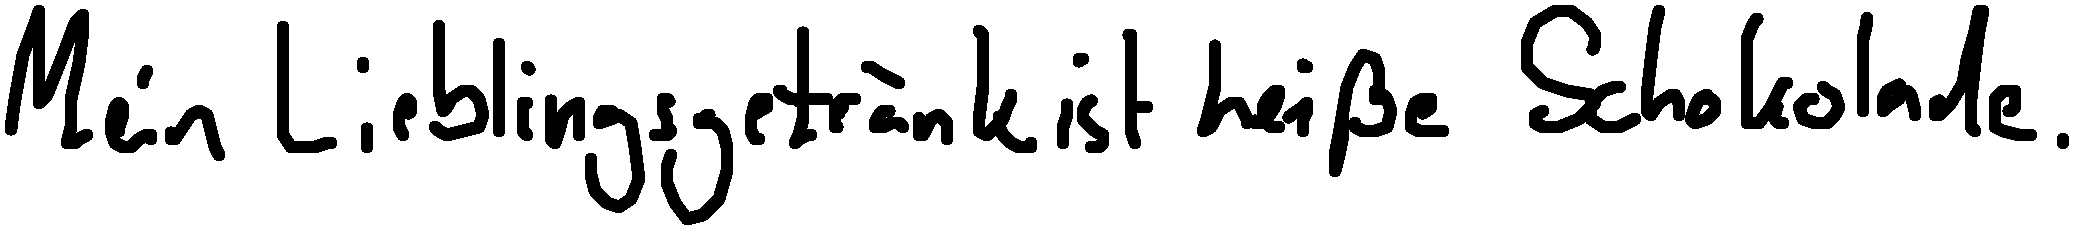
Mein Lieblingsgetränk ist heiße Schokolade.